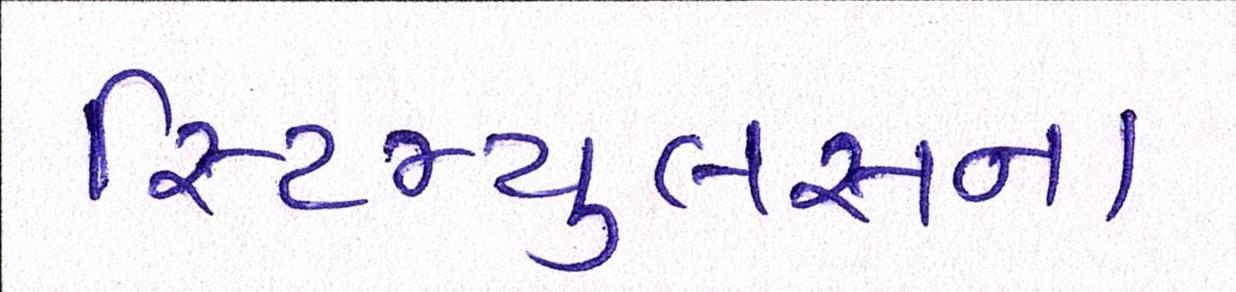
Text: સ્ટિમ્યુલસના